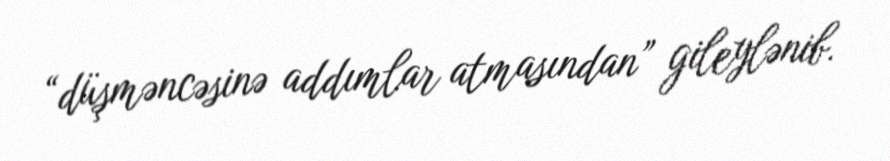
“düşməncəsinə addımlar atmasından” gileylənib.